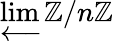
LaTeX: \varprojlim\mathbb{Z}/n\mathbb{Z}